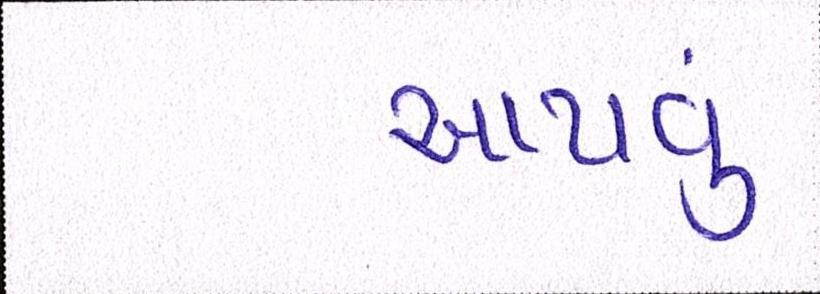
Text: આપવું